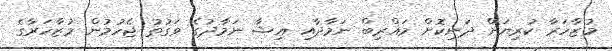
މުޒާހަރާ ކުރިޔަށް ދަނިކޮށް މަޣްރިބް ނަމާދާއި ޢިޝާ ނަމާދުގެ ވަގުތު ޖެހުމުން މުޒާހަރާގެ